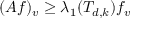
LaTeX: ( A f ) _ { v } \geq \lambda _ { 1 } ( T _ { d , k } ) f _ { v }